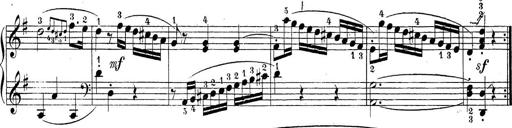
Title: Sonatina Album
Composer: Louis KÃ¶hler